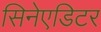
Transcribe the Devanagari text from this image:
सिनेएडिटर